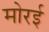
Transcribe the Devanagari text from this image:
मोरई